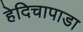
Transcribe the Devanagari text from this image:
हेदिचापाडा